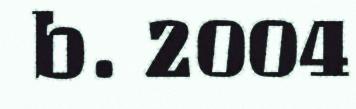
b. 2004